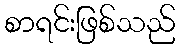
စာရင်းဖြစ်သည်